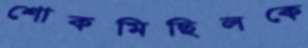
শোকমিছিলকে